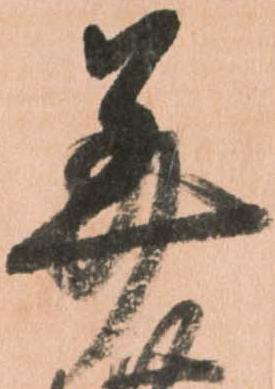
美